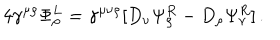
4 \gamma ^ { \mu \rho } \Phi _ { \rho } ^ { L } = \gamma ^ { \mu \nu \rho } [ D _ { \nu } \Psi _ { \rho } ^ { R } - D _ { \rho } \Psi _ { \nu } ^ { R } ] \, .